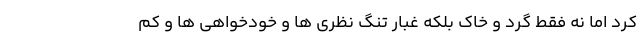
کرد اما نه فقط گرد و خاک بلکه غبار تنگ نظری ها و خودخواهی ها و کم